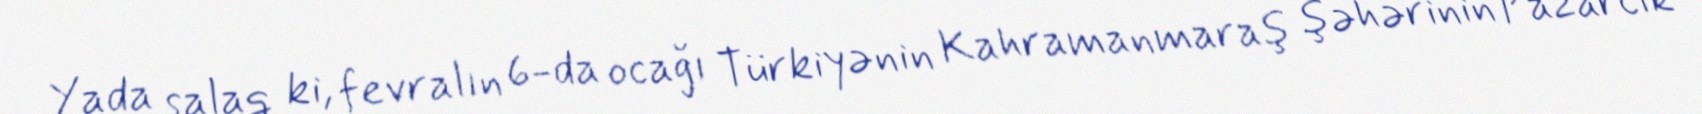
Yada salaq ki, fevralın 6-da ocağı Türkiyənin Kahramanmaraş şəhərinin Pazarcık